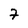
Character: 7